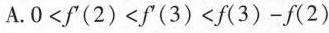
A. $$0<f^{\prime}(2)<f^{\prime}(3) <f(3) -f(2) $$